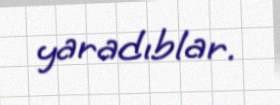
yaradıblar.